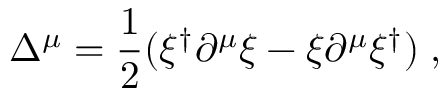
\Delta ^ { \mu } = \frac { 1 } { 2 } ( \xi ^ { \dagger } \partial ^ { \mu } \xi - \xi \partial ^ { \mu } \xi ^ { \dagger } ) \; ,